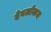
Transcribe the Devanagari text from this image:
देवलोकम